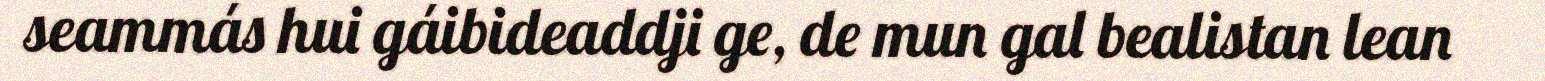
seammás hui gáibideaddji ge, de mun gal bealistan lean